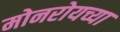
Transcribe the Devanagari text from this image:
मोनरोयच्या